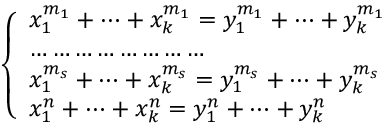
\left\{ \begin{array} { l l } { x _ { 1 } ^ { m _ { 1 } } + \dots + x _ { k } ^ { m _ { 1 } } = y _ { 1 } ^ { m _ { 1 } } + \dots + y _ { k } ^ { m _ { 1 } } } \\ { \dots \dots \dots \dots \dots \dots \dots \dots } \\ { x _ { 1 } ^ { m _ { s } } + \dots + x _ { k } ^ { m _ { s } } = y _ { 1 } ^ { m _ { s } } + \dots + y _ { k } ^ { m _ { s } } } \\ { x _ { 1 } ^ { n } + \dots + x _ { k } ^ { n } = y _ { 1 } ^ { n } + \dots + y _ { k } ^ { n } } \end{array} \right.